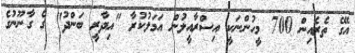
އޭގެ ތެރެއިން 700 މީހުންނަކީ އިސްރާއީލުން އަމަލުކުރާ "އިދާރީ ބަންދު" ގެ ގާނޫނުގެ